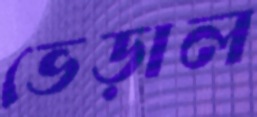
ভেড়াল